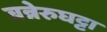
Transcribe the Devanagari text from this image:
बन्नेरुघट्टा